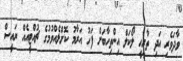
ވާދަވެރި އަދި ތާރީހީ ލޯކަލް އިންތިހާބަށް ފަހު އަރާމު ކޮށްލެއްވުމުގެ ޗުއްޓީއެއް ރައީސް